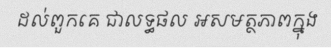
ដល់ពួកគេ ជាលទ្ធផល អសមត្ថភាពក្នុង